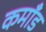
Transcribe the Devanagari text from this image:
कमाँड